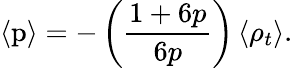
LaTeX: \left<\mathrm{p}\right>=-\left(\frac{1+6p}{6p}\right)\left<\rho_{t}\right>.